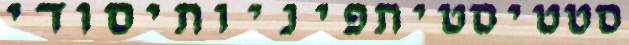
סטטיסטיתפיניותיסודי